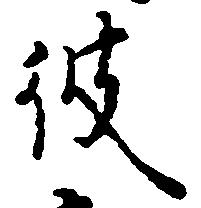
彼